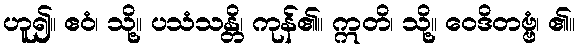
ဟူ၍။ ဧဝံ၊ သို့။ ပသံသန္တိ၊ ကုန်၏။ ဣတိ၊ သို့။ ဝေဒိတဗ္ဗံ၊ ၏။